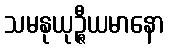
သမနုယုဉ္ဇီယမာနော